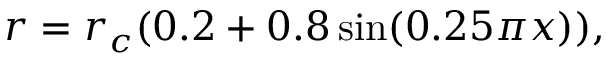
r = r _ { c } ( 0 . 2 + 0 . 8 \sin ( 0 . 2 5 \pi x ) ) ,